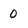
Character: 0